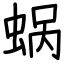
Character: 蜗